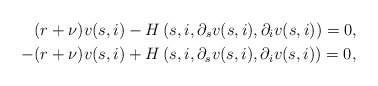
\begin{align*}&(r+\nu)v(s,i)-H\left(s,i,\partial_s v(s,i),\partial_i v(s,i)\right) = 0, \\-&(r+\nu)v(s,i)+H\left(s,i,\partial_s v(s,i),\partial_i v(s,i)\right) = 0, \end{align*}